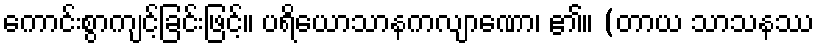
ကောင်းစွာကျင့်ခြင်းဖြင့်။ ပရိယောသာနကလျာဏော၊ ၏။ (တာယ သာသနဿ